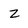
Character: z